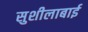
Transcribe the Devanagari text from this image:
सुशीलाबाई